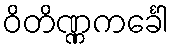
ဝိတိဏ္ဏကင်္ခေါ